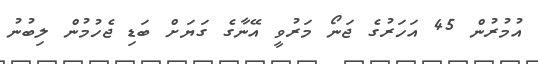
އުމުރުން 45 އަހަރުގެ ޖަނޯ މަރުވީ އޭނާގެ ގަޔަށް ބަޑި ޖެހުމުން ލިބުނު